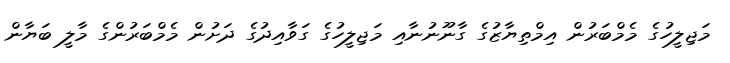
މަޖިލީހުގެ މެމްބަރުން އިމްތިޔާޒުގެ ގާނޫނުނާއި މަޖިލީހުގެ ގަވާއިދުގެ ދަށުން މެމްބަރުންގެ މާލީ ބަޔާން